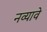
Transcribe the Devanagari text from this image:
नव्यावे